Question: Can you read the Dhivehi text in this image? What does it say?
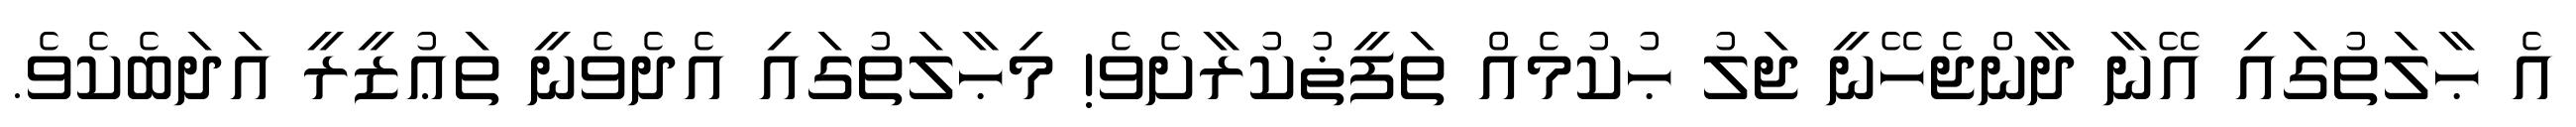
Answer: އެ ޙާލަތުގައި އޭނާ ދާންޖެހޭނީ ޖަލު ޙުކުމެއް ތަފީޡުކުރާށެވެ! މިޙާލަތުގައި އެދެވެނީ ތަޢުޒީރީ އަދަބެކެވެ.